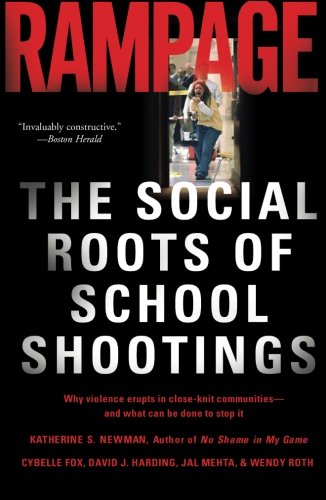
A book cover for Rampage: The Social Roots of School Shootings; Katherine S. Newman; Politics & Social Sciences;